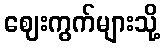
ဈေးကွက်များသို့